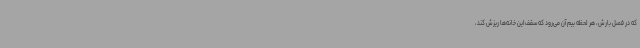
که در فصل بارش، هر لحظه بیم آن می‌رود که سقف این خانه‌ها ریزش کند،